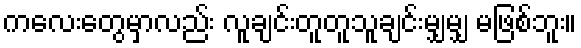
ကလေးတွေမှာလည်း လူချင်းတူတူသူချင်းမျှမျှ မဖြစ်ဘူး။